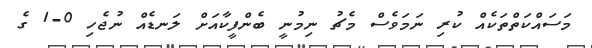
މަސައްކަތްތަކެއް ކުރި ނަމަވެސް މެޗު ނިމުނީ ބެންފީކާއަށް ލަނޑެއް ނުޖެހި 0-1 ގެ